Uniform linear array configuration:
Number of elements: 64
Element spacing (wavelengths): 0.5
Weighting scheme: kaiser
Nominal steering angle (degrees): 60
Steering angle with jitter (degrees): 61.257
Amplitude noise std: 0.05
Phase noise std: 0.05

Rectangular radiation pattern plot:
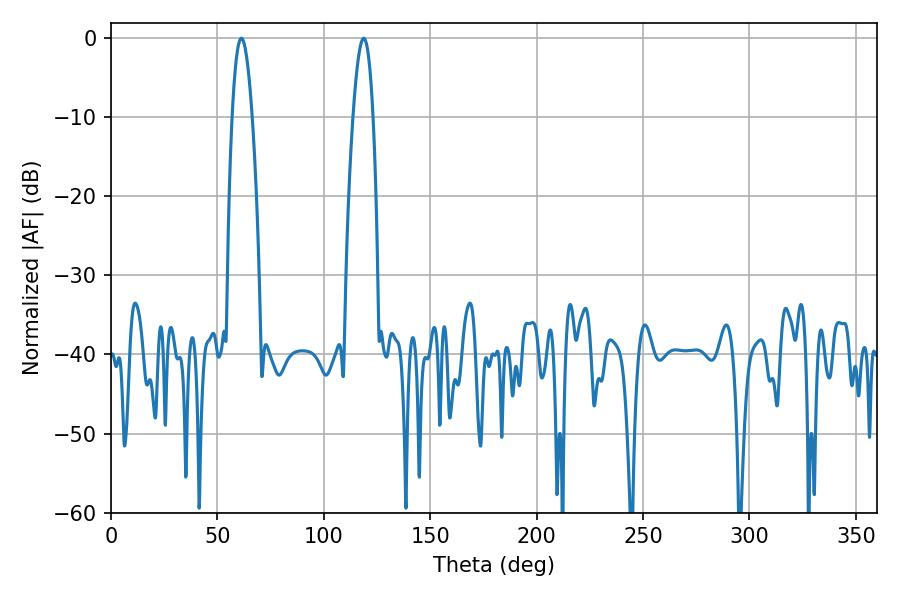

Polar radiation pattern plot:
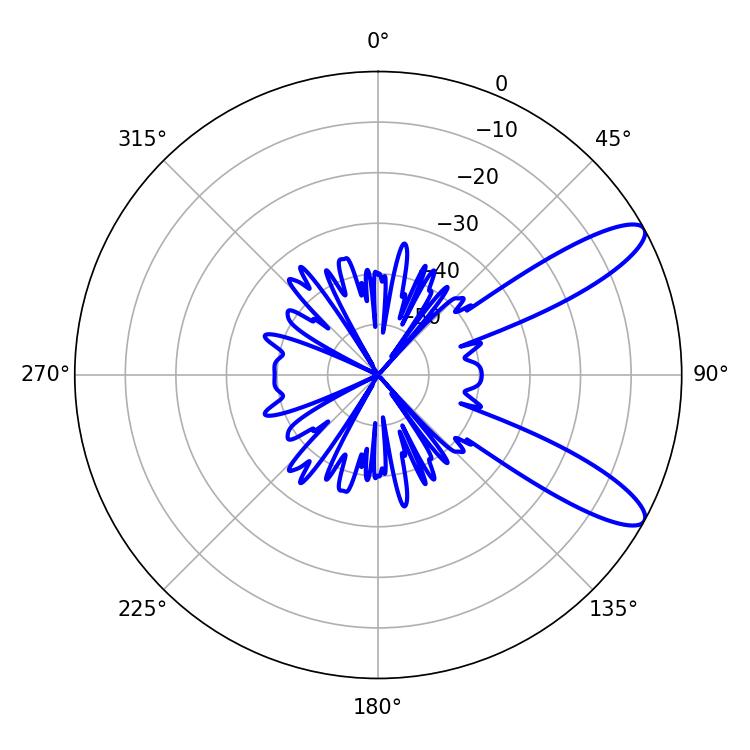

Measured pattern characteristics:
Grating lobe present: FALSE
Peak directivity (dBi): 10.664
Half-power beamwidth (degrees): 5.04
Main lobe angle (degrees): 61.2